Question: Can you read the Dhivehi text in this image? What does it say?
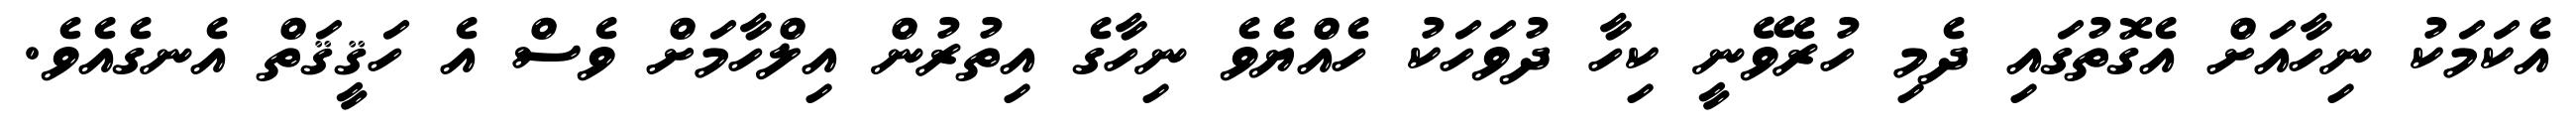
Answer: އެކަމަކު ނިހާއަށް އެގޮތުގައި ދެމި ހުރެވޭނީ ކިހާ ދުވަހަކު ހެއްޔެވެ ނިހާގެ އިތުރުން އިލްހާމަށް ވެސް އެ ހަޤީޤަތް އެނގެއެވެ.